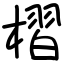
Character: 槢